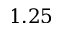
1 . 2 5